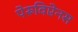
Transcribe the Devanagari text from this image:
पेरूविऐनस